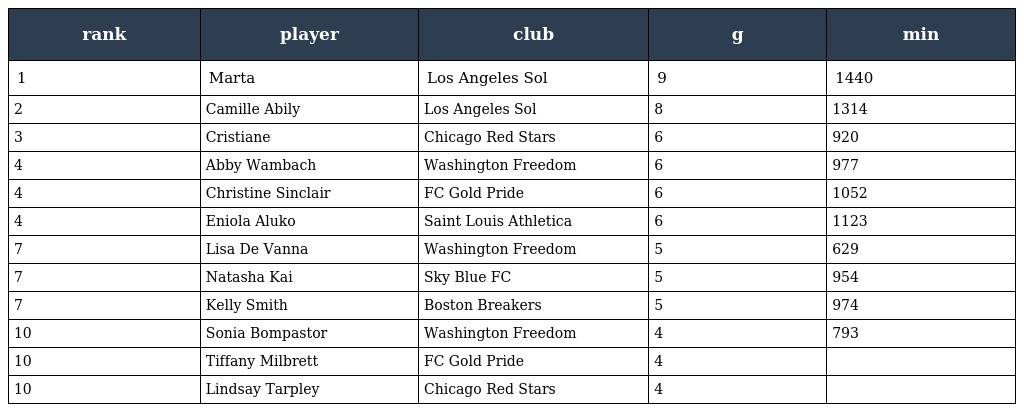
| rank | player | club | g | min |
 | --- | --- | --- | --- | --- |
 | 1 | Marta | Los Angeles Sol | 9 | 1440 |
 | 2 | Camille Abily | Los Angeles Sol | 8 | 1314 |
 | 3 | Cristiane | Chicago Red Stars | 6 | 920 |
 | 4 | Abby Wambach | Washington Freedom | 6 | 977 |
 | 4 | Christine Sinclair | FC Gold Pride | 6 | 1052 |
 | 4 | Eniola Aluko | Saint Louis Athletica | 6 | 1123 |
 | 7 | Lisa De Vanna | Washington Freedom | 5 | 629 |
 | 7 | Natasha Kai | Sky Blue FC | 5 | 954 |
 | 7 | Kelly Smith | Boston Breakers | 5 | 974 |
 | 10 | Sonia Bompastor | Washington Freedom | 4 | 793 |
 | 10 | Tiffany Milbrett | FC Gold Pride | 4 |  |
 | 10 | Lindsay Tarpley | Chicago Red Stars | 4 |  |